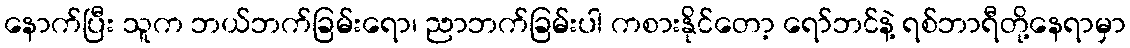
နောက်ပြီး သူက ဘယ်ဘက်ခြမ်းရော၊ ညာဘက်ခြမ်းပါ ကစားနိုင်တော့ ရော်ဘင်နဲ့ ရစ်ဘာရီတို့နေရာမှာ